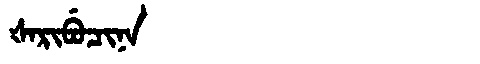
Manchu: ᡧᠠᡵᡳᠪᡠᠴᡳᠨᠠ
Romanization: ŠARIBUCINA